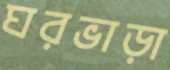
ঘরভাড়া